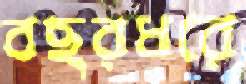
বছরধরে